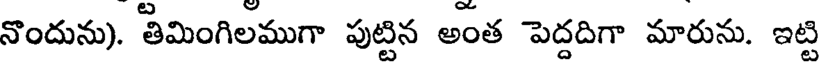
నొందును). తీమింగిలముగా పుట్టిన అంత పెద్దదిగా మారును. ఇట్టి